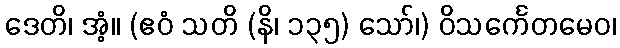
ဒေတိ၊ အံ့။ (ဧဝံ သတိ (နိ၊ ၁၃၅) သော်၊) ဝိသင်္ကေတမေဝ၊